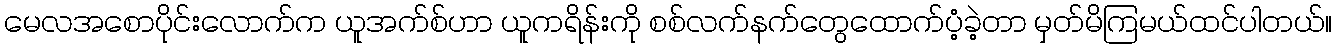
မေလအစောပိုင်းလောက်က ယူအက်စ်ဟာ ယူကရိန်းကို စစ်လက်နက်တွေထောက်ပံ့ခဲ့တာ မှတ်မိကြမယ်ထင်ပါတယ်။